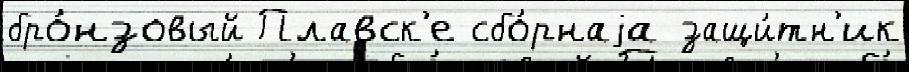
бро́нзовый Плавск'е сбо́рнаjа защи́тн'ик